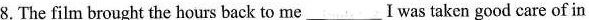
8.The film brought the hours back to me_________Iwas taken good care of in